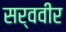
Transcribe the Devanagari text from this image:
सर्ववीर